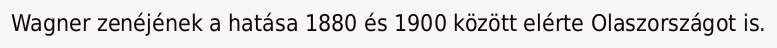
Wagner zenéjének a hatása 1880 és 1900 között elérte Olaszországot is.